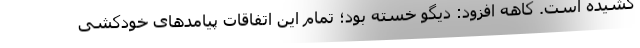
کشیده است. کاهه افزود: دیگو خسته بود؛ تمام این اتفاقات پیامدهای خودکشی